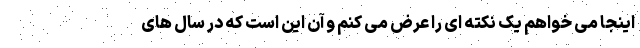
اینجا می خواهم یک نکته ای را عرض می کنم و آن این است که در سال های